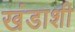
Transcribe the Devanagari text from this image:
खंडाशी